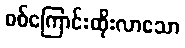
စစ်ကြောင်းထိုးလာသော